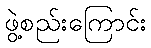
ဖွဲ့စည်းကြောင်း